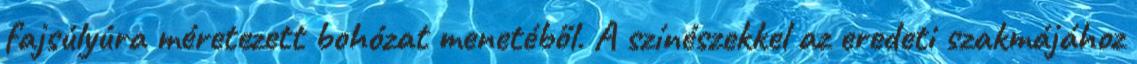
fajsúlyúra méretezett bohózat menetéből. A színészekkel az eredeti szakmájához